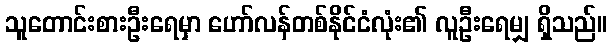
သူတောင်းစားဦးရေမှာ ဟော်လန်တစ်နိုင်ငံလုံး၏ လူဦးရေမျှ ရှိသည်။